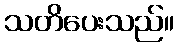
သတိပေးသည်။